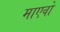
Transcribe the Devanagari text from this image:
माएवो